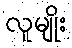
လူမျိုး